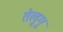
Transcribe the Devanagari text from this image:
तेलु्गू